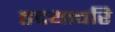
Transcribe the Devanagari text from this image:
हृदयावरि